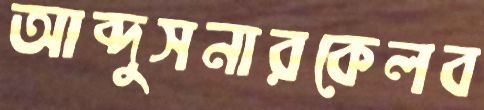
আব্দুসনারকেলব